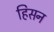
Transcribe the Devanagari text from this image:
हिसन